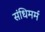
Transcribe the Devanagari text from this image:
संधिमर्म